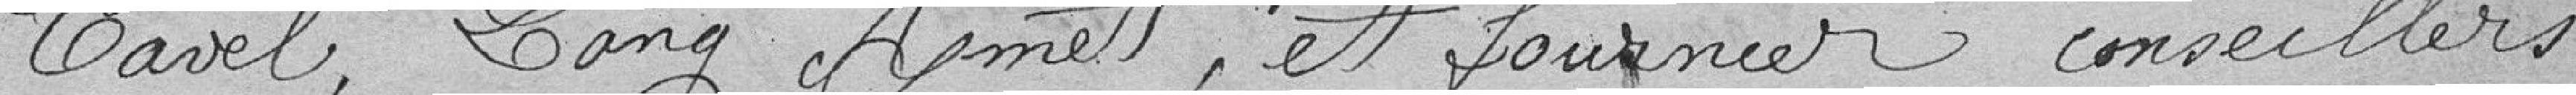
CAVEL, LANG ASMET, et FOURNIER Conseillers